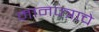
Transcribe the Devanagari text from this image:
मानपत्राचे